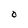
Character: O